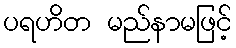
ပရဟိတ မည်နာမဖြင့်